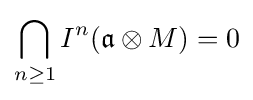
\bigcap _{n\geq 1}I^{n}({\mathfrak {a}}\otimes M)=0